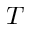
T